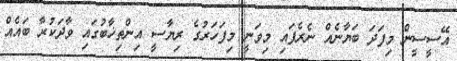
އޭސީސީން މިފަދަ ބަޔާނެއް ނެރެފައި މިވަނީ މިފަހަރުގެ ރިޔާސީ އިންތިޚާބުގައި ވާދަކުރާ ބައެއް